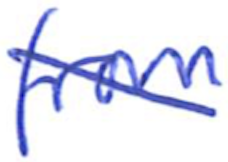
Text: from
Cross-out: diagonal
Writing tool: ballpoint